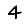
Digit: 4